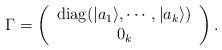
LaTeX: \begin{align*}\Gamma=\left(\begin{array}{c}\mathrm{diag}(|a_1\rangle,\cdots,|a_k\rangle) \\ 0_k\end{array}\right).\end{align*}